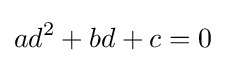
ad^{2}+bd+c=0